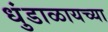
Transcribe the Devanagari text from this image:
धुंडाळायच्या